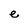
Character: e